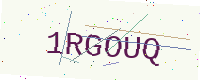
Text: 1RGOUQ